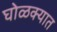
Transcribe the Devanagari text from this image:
घोळक्यात